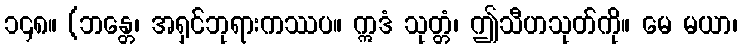
၁၄၈။ (ဘန္တေ၊ အရှင်ဘုရားကဿပ။ ဣဒံ သုတ္တံ၊ ဤသီဟသုတ်ကို။ မေ မယာ၊